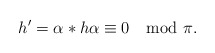
\begin{align*} h' = \alpha *h \alpha \equiv 0 \mod \pi.\end{align*}